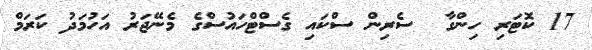
17 ކޮޓަރި ހިންގާ  ސެރިން ސްކައި ގެސްޓްހައުސްގެ މެނޭޖަރު އަހުމަދު ކަރަމް